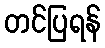
တင်ပြရန်